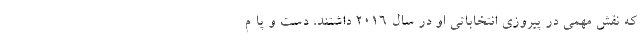
که نقش مهمی در پیروزی انتخاباتی او در سال ۲۰۱۶ داشتند، دست و پا م